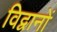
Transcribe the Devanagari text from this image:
विद्वानों